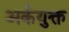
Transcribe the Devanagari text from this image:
अर्कयुक्त